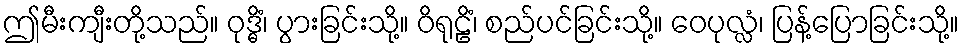
ဤမီးကျီးတို့သည်။ ဝုဒ္ဓိံ၊ ပွားခြင်းသို့။ ဝိရုဠိံ၊ စည်ပင်ခြင်းသို့။ ဝေပုလ္လံ၊ ပြန့်ပြောခြင်းသို့။